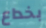
بخداع